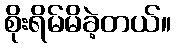
စိုးရိမ်မိခဲ့တယ်။